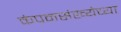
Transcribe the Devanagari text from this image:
कंपनसंख्येच्या